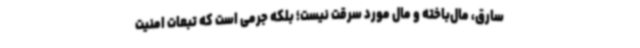
سارق، مال‌باخته و مال مورد سرقت نیست؛ بلکه جرمی است که تبعات امنیت